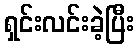
ရှင်းလင်းခဲ့ပြီး